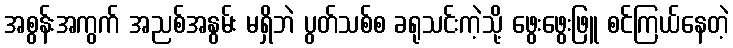
အစွန်းအကွက် အညစ်အနွမ်း မရှိဘဲ ပွတ်သစ်စ ခရုသင်းကဲ့သို့ ဖွေးဖွေးဖြူ စင်ကြယ်နေတဲ့